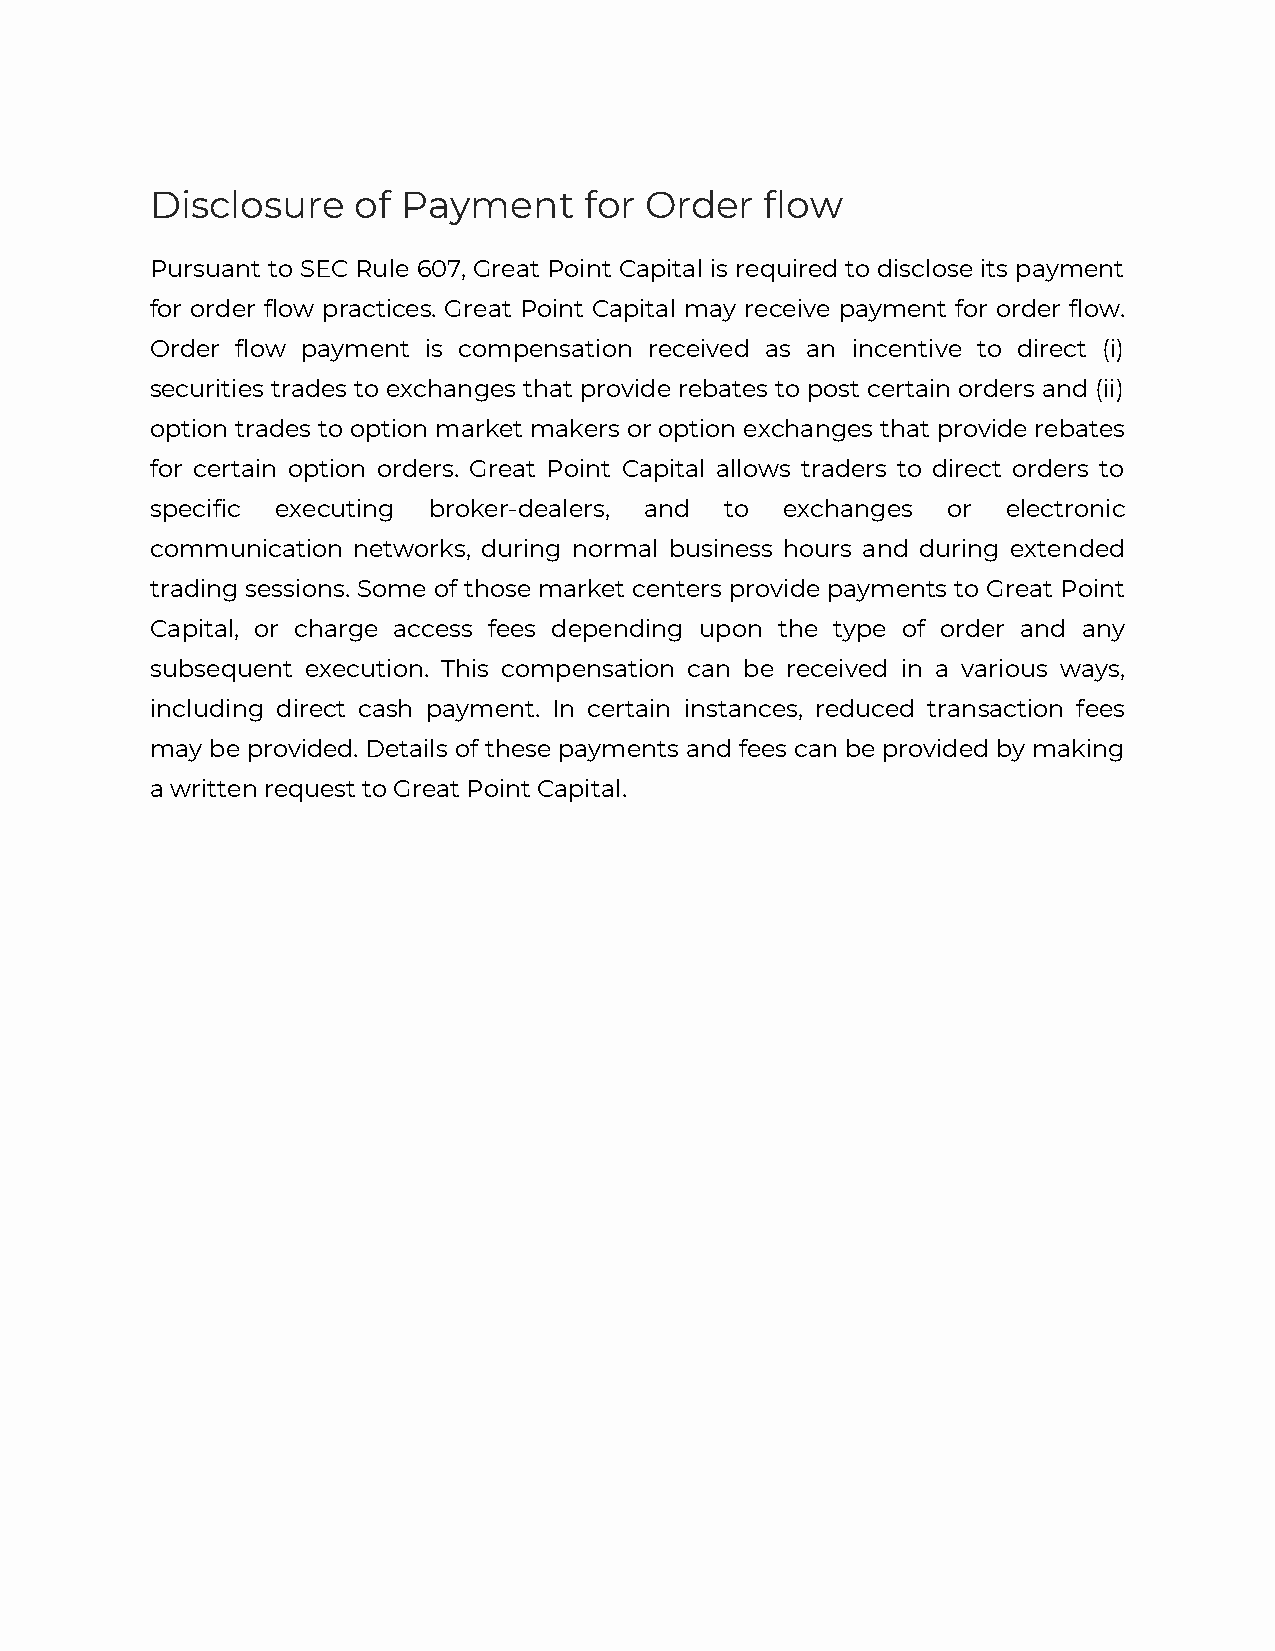
Disclosure    of Payment     for Order   flow
 Pursuant to SEC Rule 607, Great Point Capital is required to disclose its payment
 for order flow practices. Great Point Capital may receive payment for order flow.
 Order flow payment is compensation received as an incentive to direct (i)
 securities trades to exchanges that provide rebates to post certain orders and (ii)
 option trades to option market makers or option exchanges that provide rebates
 for certain option orders. Great Point Capital allows traders to direct orders to
 specific executing broker-dealers, and to exchanges  or  electronic
 communication networks, during normal business hours and during extended
 trading sessions. Some of those market centers provide payments to Great Point
 Capital, or charge access fees depending upon the type of order and any
 subsequent execution. This compensation can be received in a various ways,
 including direct cash payment. In certain instances, reduced transaction fees
 may be provided. Details of these payments and fees can be provided by making
 a written request to Great Point Capital.